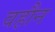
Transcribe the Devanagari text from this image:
वहौन